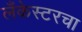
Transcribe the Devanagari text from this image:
लँकेस्टरचा